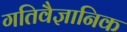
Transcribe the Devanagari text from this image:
गतिवैज्ञानिक